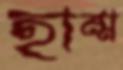
হাম্ম